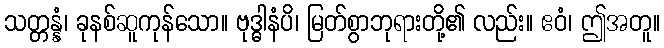
သတ္တန္နံ၊ ခုနစ်ဆူကုန်သော။ ဗုဒ္ဓါနံပိ၊ မြတ်စွာဘုရားတို့၏ လည်း။ ဧဝံ၊ ဤအတူ။